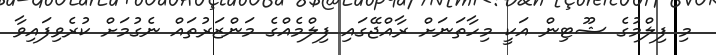
މި ފިލްމުގެ ޝޫޓިން އަކީ މިހާތަނަށް ރާއްޖޭގައި ފިލްމެއްގެ މަންޒަރުތައް ނެގުމަށް ކުރެވިފައިވާ